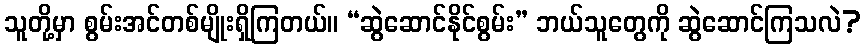
သူတို့မှာ စွမ်းအင်တစ်မျိုးရှိကြတယ်။ “ဆွဲဆောင်နိုင်စွမ်း” ဘယ်သူတွေကို ဆွဲဆောင်ကြသလဲ?